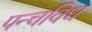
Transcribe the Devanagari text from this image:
पन्चविध